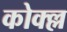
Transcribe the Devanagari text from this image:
कोक्ल्ल